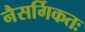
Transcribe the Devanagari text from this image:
नैसर्गिकतः